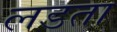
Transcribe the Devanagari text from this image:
लडता